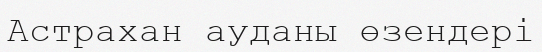
Астрахан ауданы өзендері